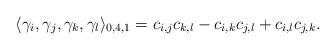
\begin{align*}\langle \gamma_{i},\gamma_{j},\gamma_{k},\gamma_{l}\rangle_{0,4,1}= c_{i,j}c_{k,l}-c_{i,k}c_{j,l}+c_{i,l}c_{j,k}.\end{align*}